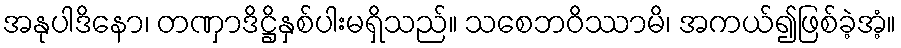
အနုပါဒိနော၊ တဏှာဒိဋ္ဌိနှစ်ပါးမရှိသည်။ သစေဘဝိဿာမိ၊ အကယ်၍ဖြစ်ခဲ့အံ့။